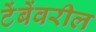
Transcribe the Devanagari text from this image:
टेंबेंवरील